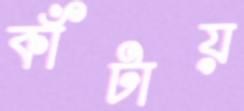
কাঁটায়